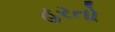
હરતો